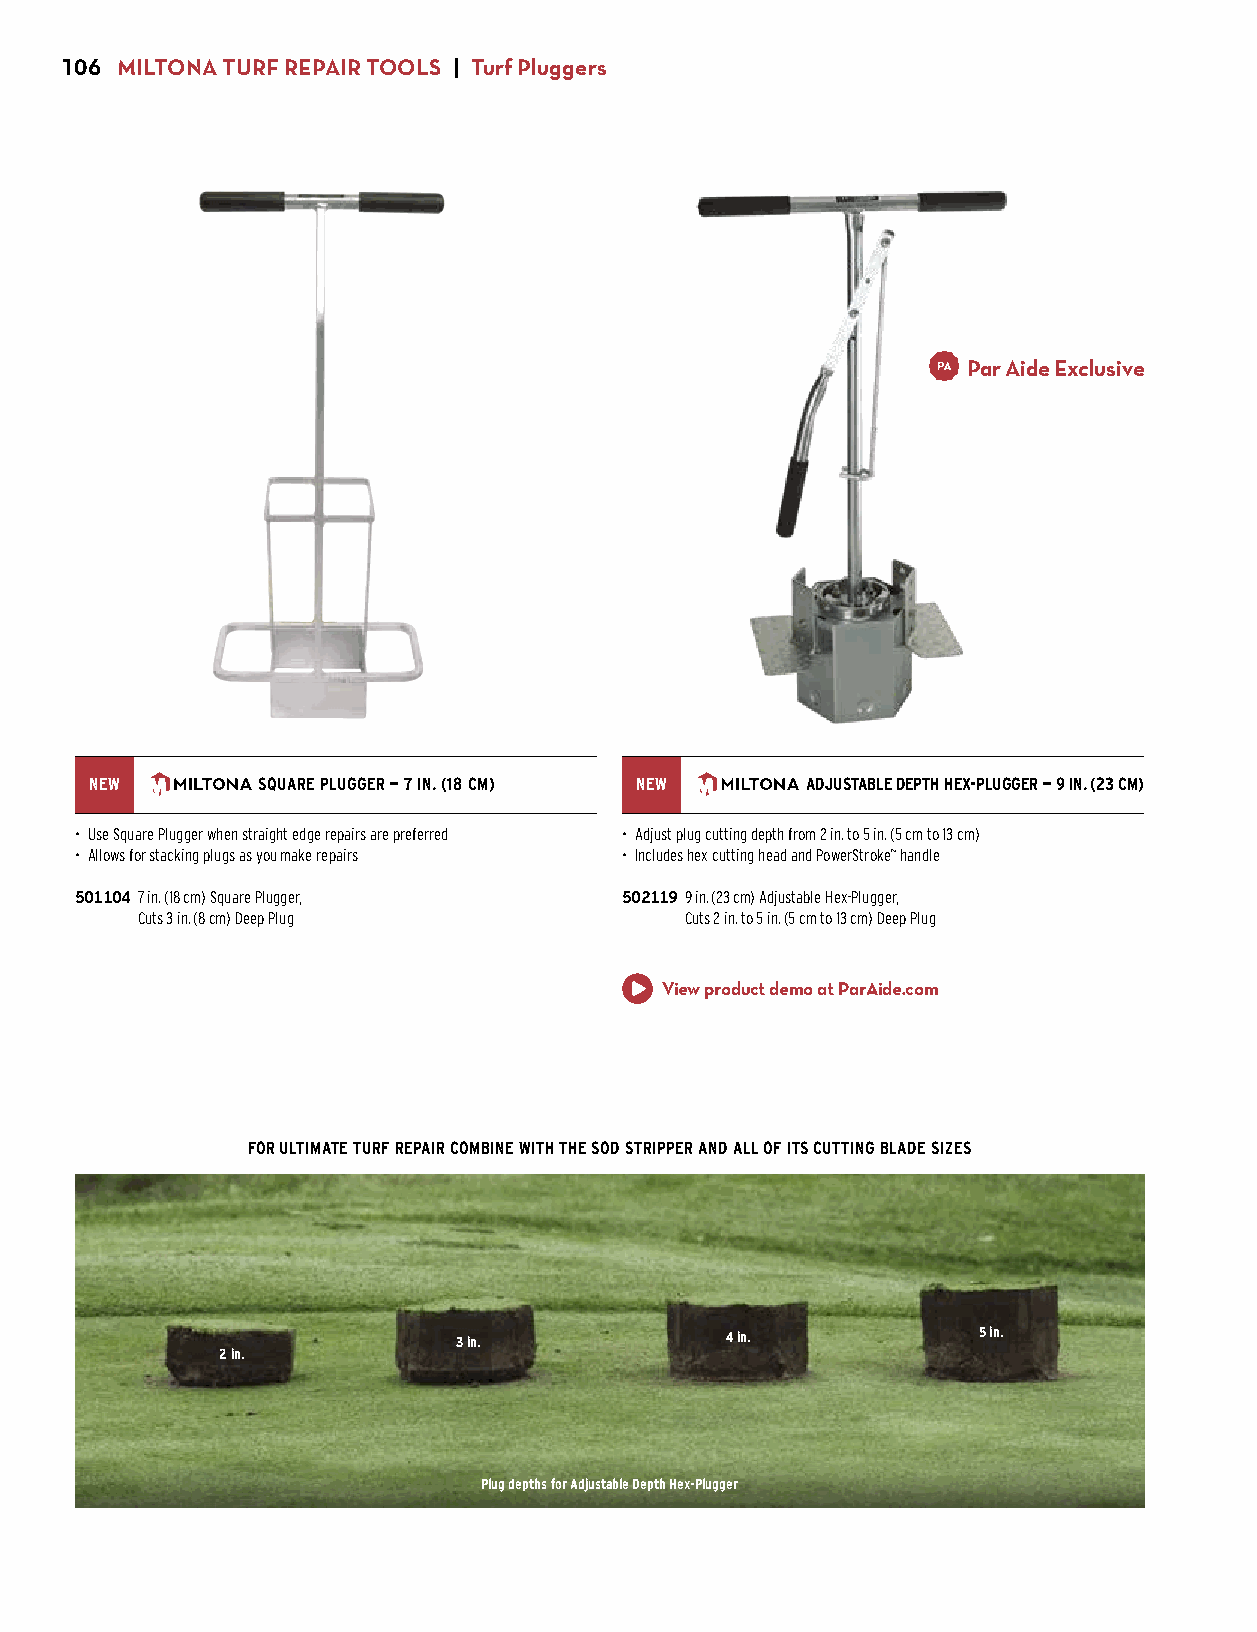
106 MILTONA TURF REPAIR TOOLS | Turf Pluggers
 Par Aide Exclusive
 NEW        SQUARE PLUGGER — 7 IN. (18 CM) NEW  ADJUSTABLE DEPTH HEX-PLUGGER — 9 IN. (23 CM)
 • Use Square Plugger when straight edge repairs are preferred • Adjust plug cutting depth from 2 in. to 5 in. (5 cm to 13 cm)
 • Allows for stacking plugs as you make repairs • Includes hex cutting head and PowerStroke™ handle
 501104 7 in. (18 cm) Square Plugger, 502119 9 in. (23 cm) Adjustable Hex-Plugger,
 $255.00 Cuts 3 in. (8 cm) Deep Plug $385.00 Cuts 2 in. to 5 in. (5 cm to 13 cm) Deep Plug
 View product demo at ParAide.com
 FOR ULTIMATE TURF REPAIR COMBINE WITH THE SOD STRIPPER AND ALL OF ITS CUTTING BLADE SIZES
 3 in.             4 in.            5 in.
 2 in.
 Plug depths for Adjustable Depth Hex-Plugger